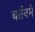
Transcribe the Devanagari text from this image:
बर्तनमें